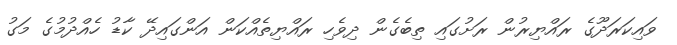
ވައިކަރަދޫގެ ރައްޔިރުން ރަށުގައި ތިބެގެން ދިވެހި ރައްޔިތެއްކަން އަންގައިދޭ ކާޑު ހެއްދުމުގެ މަގު